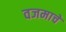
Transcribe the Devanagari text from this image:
वजमाचे